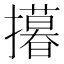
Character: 𢸓